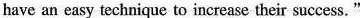
have an easy technique to increase their success."